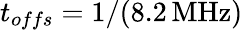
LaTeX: t_{offs}=1/\mathrm{(8.2\, MHz)}